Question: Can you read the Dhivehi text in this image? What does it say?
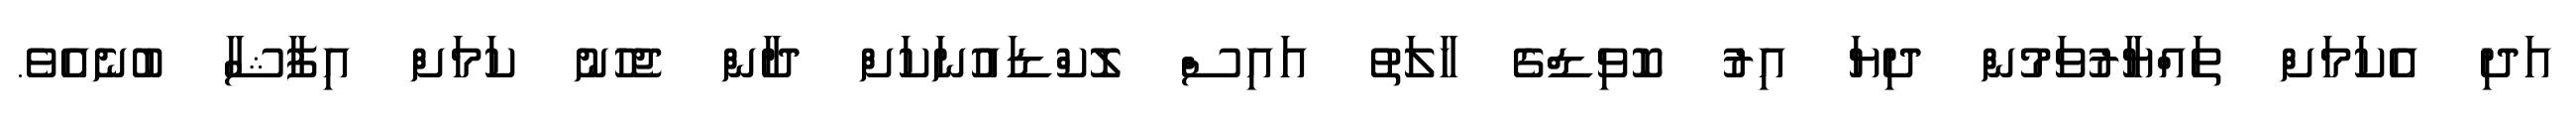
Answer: އަދި އެކަމަށް ތައްޔާރުވަމުން ދިޔަ އިރު ކޮވިޑްގެ ހާލަތު އައިސް ލޮކްޑައުނަކަށް ދާން ޖެހުނު ކަމަށް އިފާޝާ ބުނެއެވެ.